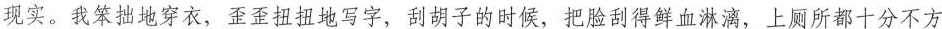
现实。我笨拙地穿衣，歪歪扭扭地写字，刮胡子的时候，把脸刮得鲜血淋漓，上厕所都十分不方